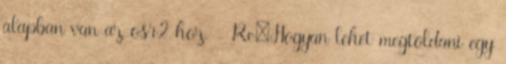
alapban van az osr2-hoz. - Re:Hogyan lehet megtoldani egy